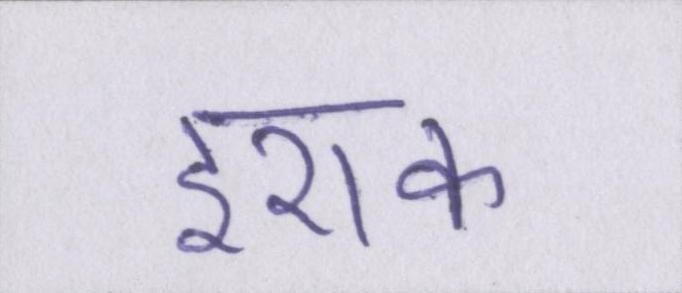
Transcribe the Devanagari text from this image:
इराक